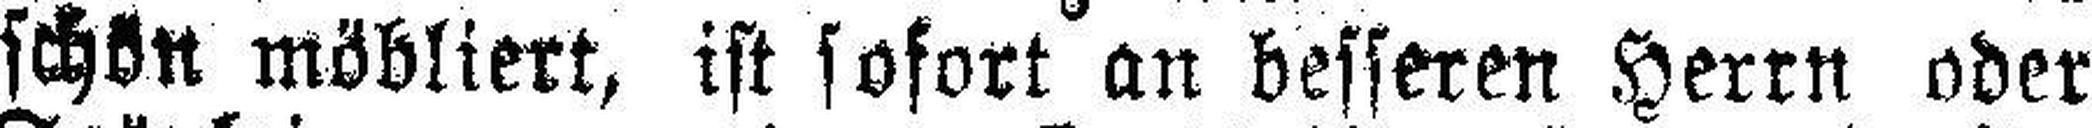
schön möbliert, ist sofort an besseren Herrn oder